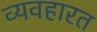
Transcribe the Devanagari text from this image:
व्‍यवहारत